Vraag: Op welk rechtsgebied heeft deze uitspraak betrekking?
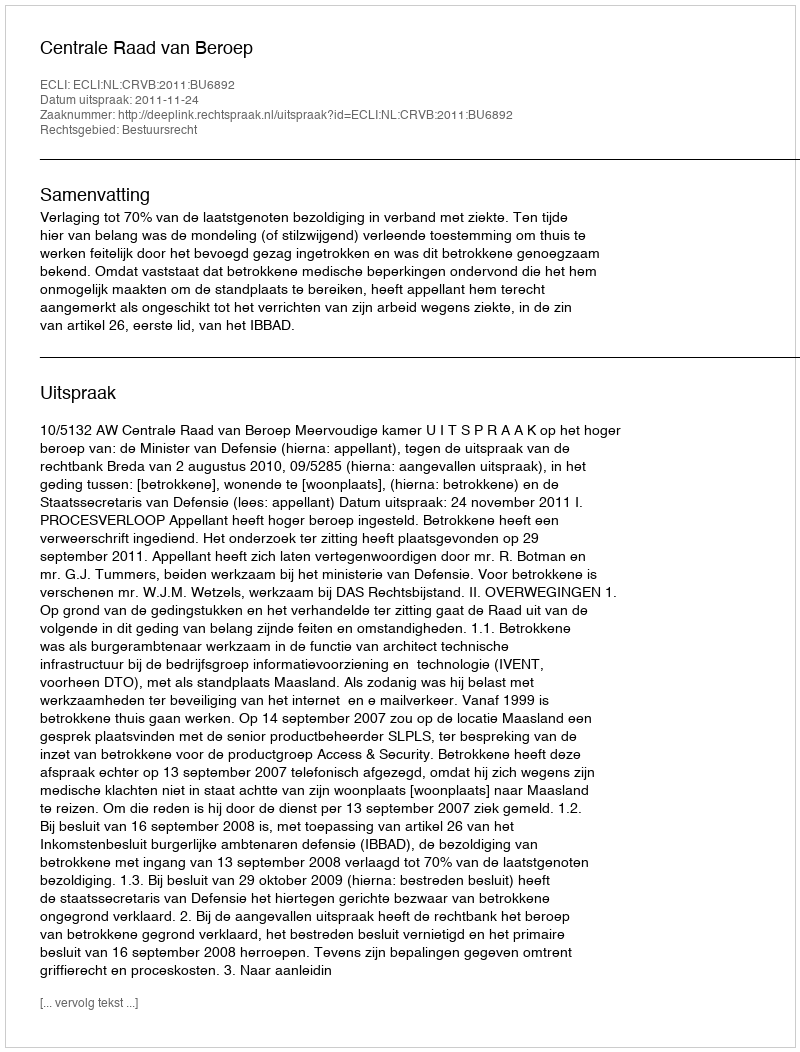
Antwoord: Bestuursrecht